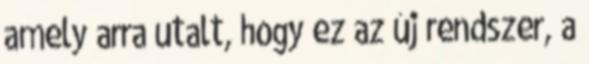
amely arra utalt, hogy ez az új rendszer, a